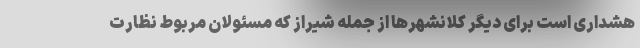
هشداری است برای دیگر کلانشهرها از جمله شیراز که مسئولان مربوط نظارت